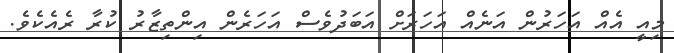
މިއީ އެއް އަހަރުން އަނެއް އަހަރަށް އަބަދުވެސް އަހަރެން އިންތިޒާރު ކުރާ ރެއެކެވެ.